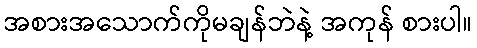
အစားအသောက်ကိုမချန်ဘဲနဲ့ အကုန် စားပါ။